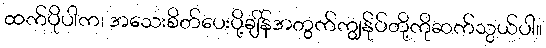
ထက်ပိုပါက၊ အသေးစိတ်ပေးပို့ချိန်အတွက်ကျွန်ုပ်တို့ကိုဆက်သွယ်ပါ။